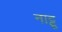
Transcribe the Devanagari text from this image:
नाट्टू